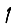
Digit: 1